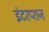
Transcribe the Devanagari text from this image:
इंटरप्शन